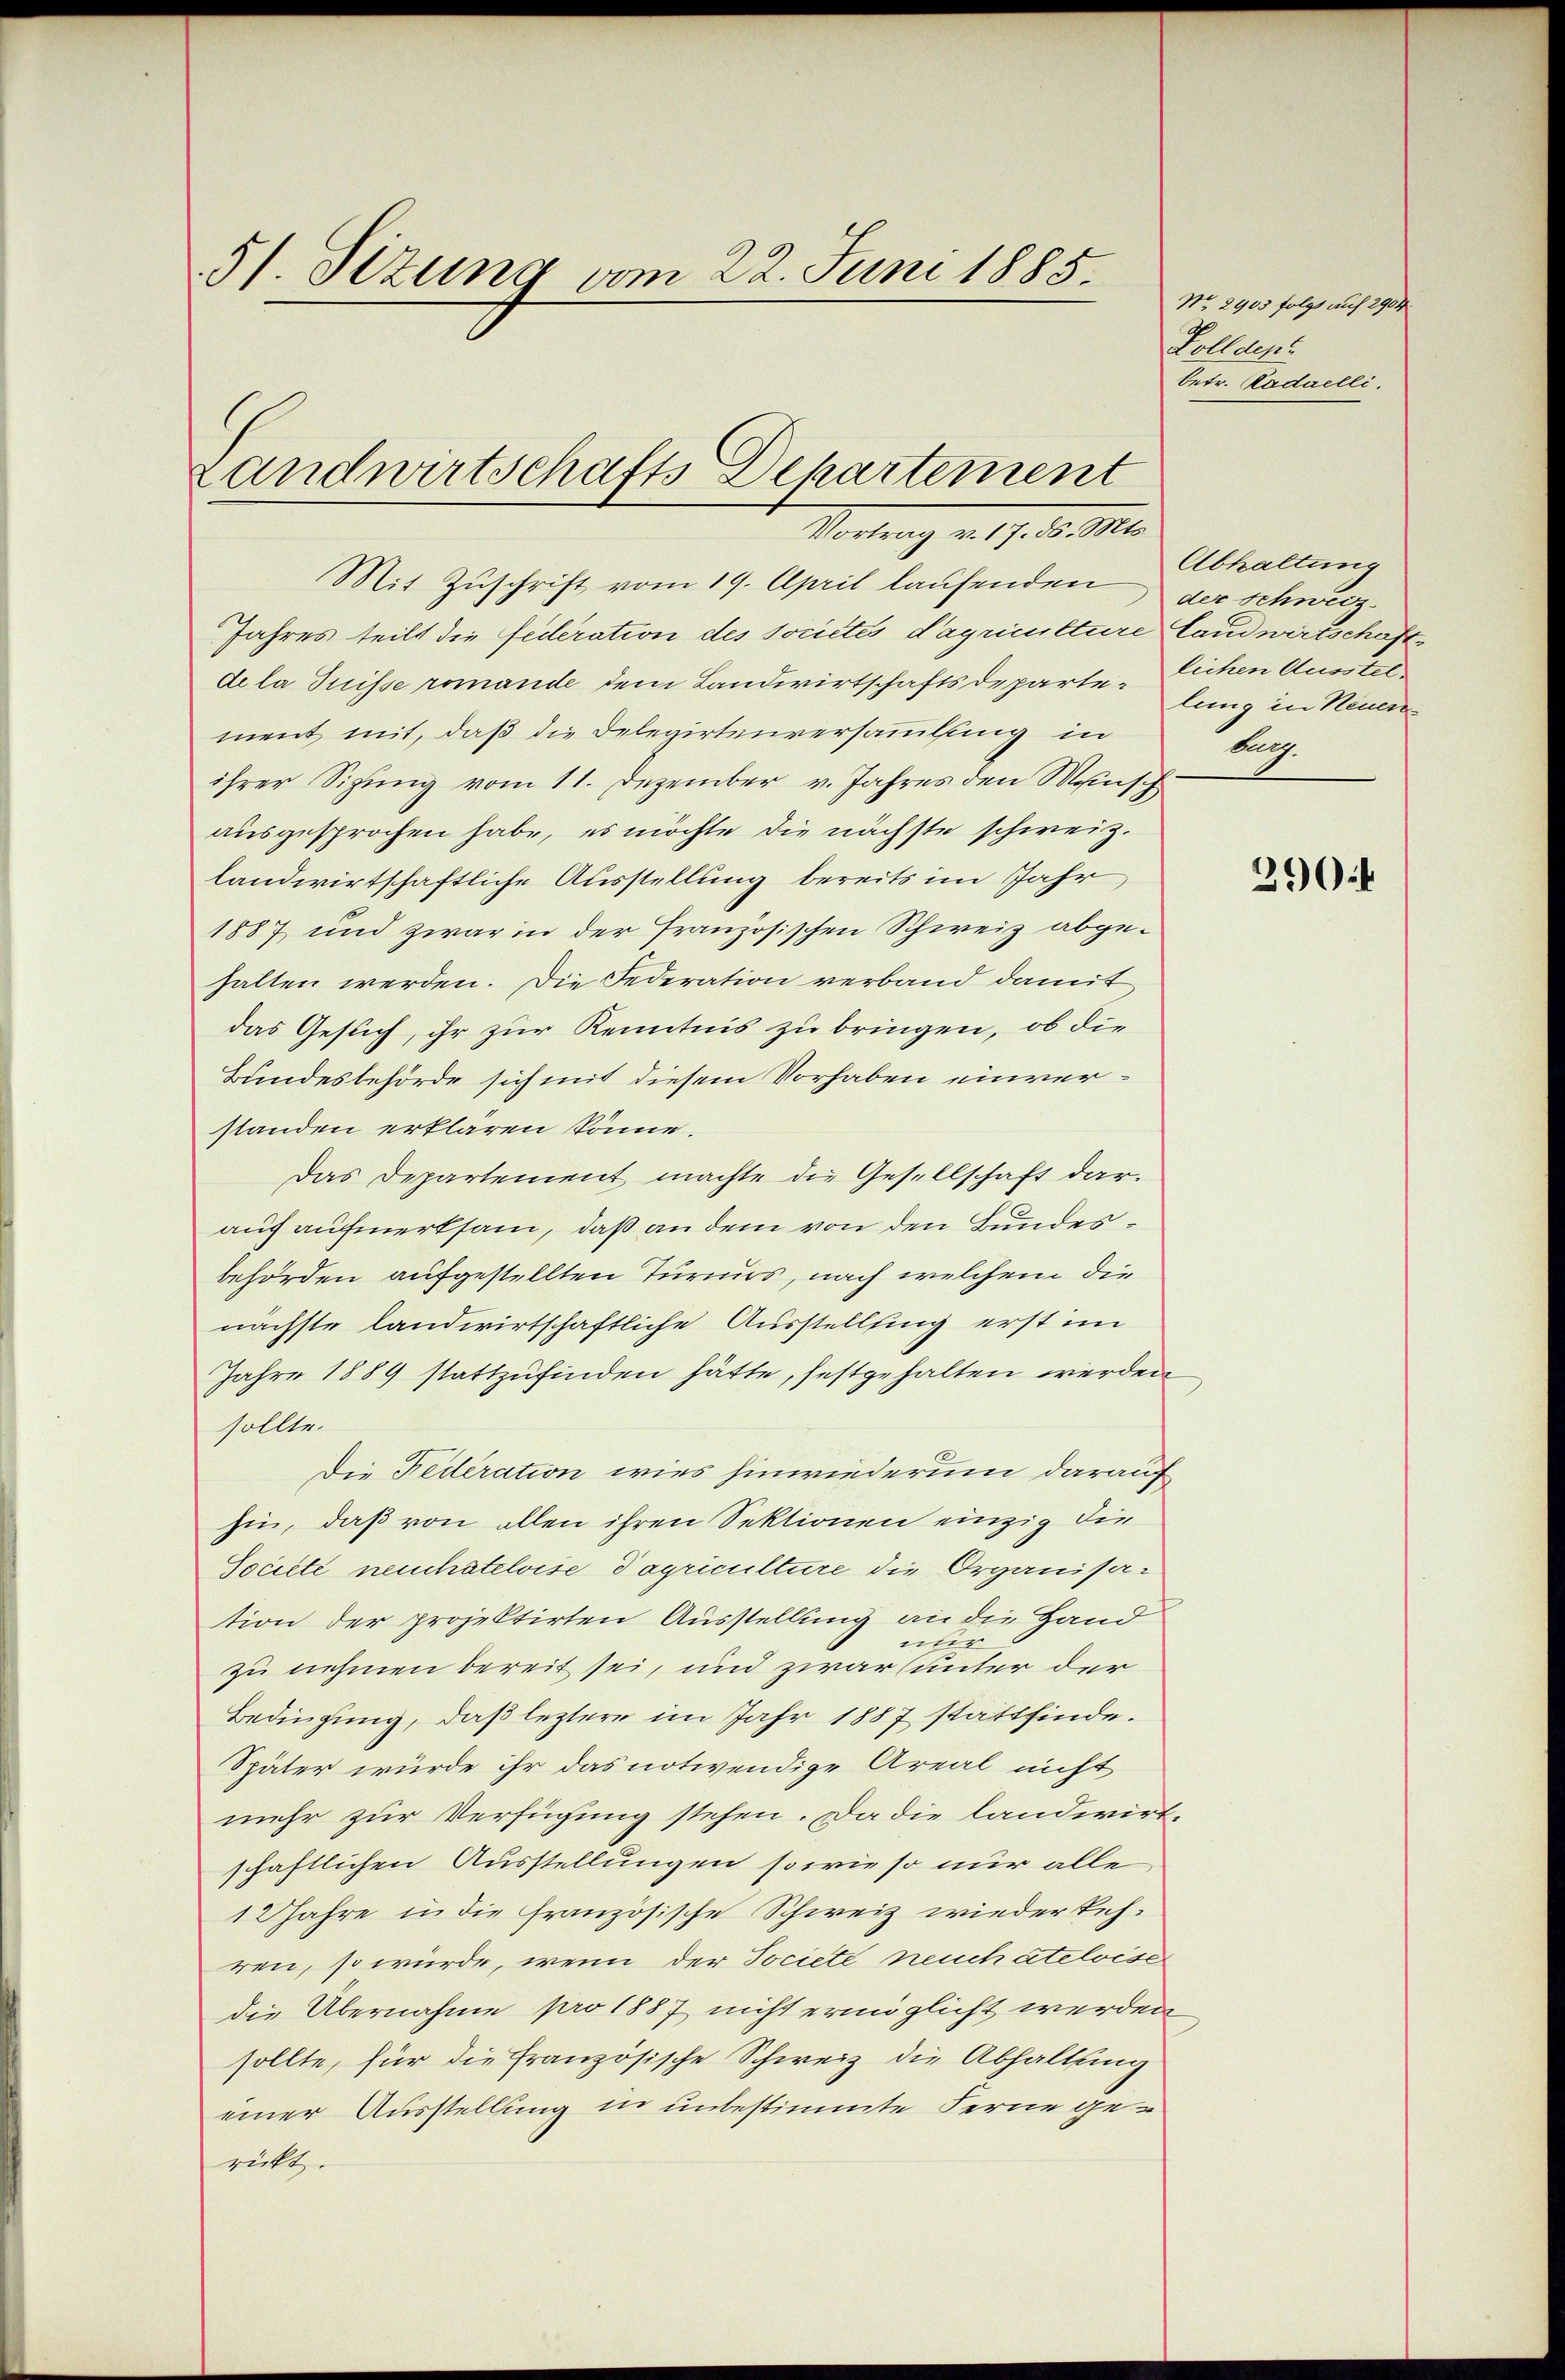
51. Situng vom 22. Juni 1885.

Landwirtschafts Departement
Vortrag v. 9. d. Mts.

Mit Zuschrift vom 19. April laufenden der schweiz.
Jahres teilt die Federation des societes dagriculture landwirtschaftdela Suisse romande dem Landwirtschaftsdeparte Eichen Ausstelment mit, daß die Delegirtenversammlung in
ihrer Sizung vom 11. Dezember v. Jahres den Mensch
ausgesprochen habe, es möchte die nächste schweiz.
landwirtschaftliche Ausstellung bereits im Jahr
1887 und zwar in der Französischen Schweiz abgehalten werden. Die Federation verband damit
das Gesuch, ihr zur Kenntnis zu bringen, ob die
Bundesbehörde sich mit diesem Vorhaben einverstanden erklären könne.
Das Departement machte die Gesellschaft darauch aufmerksam, daß an dem von den Bundesbehörden aufgestellten Tureurs, nach welchem die
nächste landwirtschaftliche Ausstellung erst im
Jahre 1889 stattzufinden hätte, festgehalten werden
sollte.
Die Federation wies hinwiederum darauf
hin, daß von allen ihren Sektionen einzig die
Societe neuchatelvise Tagriculture die Organisation der projektirten Ausstellung an die Hand
nur
zu nehmen bereit sei, und zwar (unter der
Bedingung, daß leztere im Jahr 1887 stattfinde.
Später würde ihr das notwendige Areal nicht
mehr zur Verfügung stehen. Da die landwirtschaftlichen Ausstellungen sowie so nur alle
12 Jahre in die französische Schweiz wiederkehren, so würde, wenn der Societe neuchateloiser
die Übernahme pro 1887 nicht ermöglicht werden
sollte, für die französische Schweiz die Abhaltung
einer Ausstellung in unbestimmte Ferne gerickt.

No. 2903 folgt auf 2904
Zolldens
betr. Radaelli.

Abhaltung
lung in Neuen
Aug.

3904